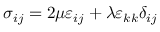
\, \, \sigma _ { i j } = 2 \mu \varepsilon _ { i j } + \lambda \varepsilon _ { k k } \delta _ { i j }